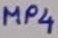
Text: MP4